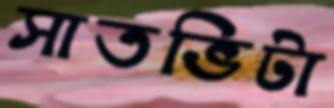
সাতভিটা